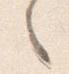
之